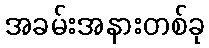
အခမ်းအနားတစ်ခု